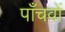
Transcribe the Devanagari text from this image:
पाँचवों